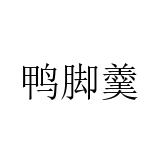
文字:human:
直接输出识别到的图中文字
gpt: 鸭脚羹